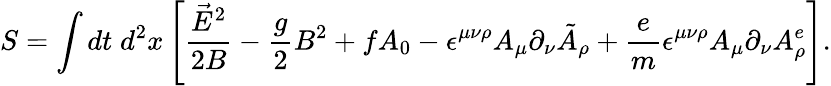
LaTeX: S=\int dt\; d^{2}x\left[\frac{\vec{E}^{2}}{2B}-\frac{g}{2}B^{2}+fA_{0}-\epsilon^{\mu\nu\rho}A_{\mu}\partial_{\nu}\tilde{A}_{\rho}+\frac{e}{m}\epsilon^{\mu\nu\rho}A_{\mu}\partial_{\nu}A_{\rho}^{e}\right].